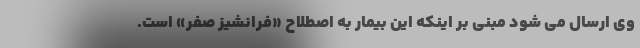
وی ارسال می شود مبنی بر اینکه این بیمار به اصطلاح «فرانشیز صفر» است.